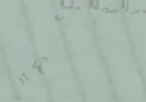
حلويات الزهر تقدم لكم ألذ